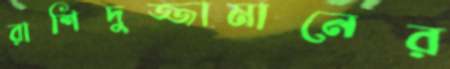
রাশিদুজ্জামানের